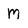
Character: M